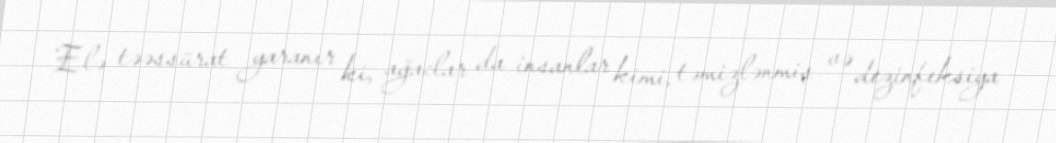
Elə təəssürat yaranır ki, ağaclar da insanlar kimi, təmizlənmiş və dezinfeksiya